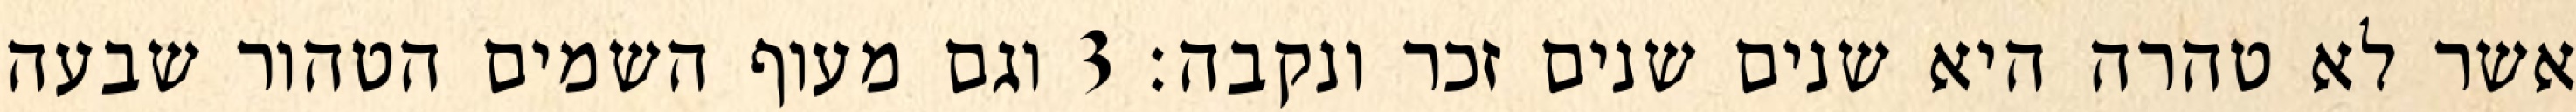
אשר לא טהרה היא שנים שנים זכר ונקבה׃ ‎3‏ וגם מעוף השמים הטהור שבעה